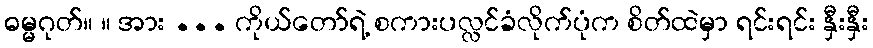
ဓမ္မဂုတ်။ ။ အား ... ကိုယ်တော်ရဲ့ စကားပလ္လင်ခံလိုက်ပုံက စိတ်ထဲမှာ ရင်းရင်း နှီးနှီး